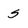
Character: S